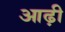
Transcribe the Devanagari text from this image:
आढ़ी